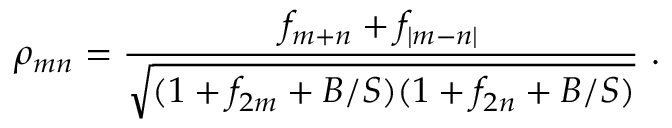
\rho _ { m n } = \frac { f _ { m + n } + f _ { | m - n | } } { \sqrt { ( 1 + f _ { 2 m } + B / S ) ( 1 + f _ { 2 n } + B / S ) } } \ .